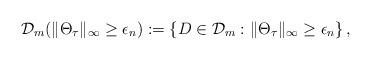
LaTeX: \begin{align*} \mathcal{D}_m(\| \Theta_\tau \|_\infty \geq \epsilon_n) := \left\{ D \in \mathcal{D}_m : \|\Theta_\tau\|_\infty \geq \epsilon_n\right\},\end{align*}